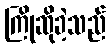
ကြိုဆိုခဲ့သည်